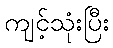
ကျင့်သုံးပြီး